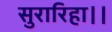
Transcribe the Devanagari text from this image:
सुरारिहा।।